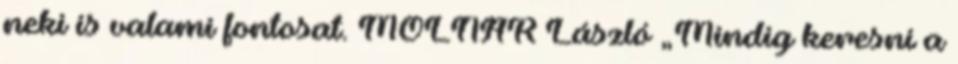
neki is valami fontosat. MOLNÁR László „Mindig keresni a